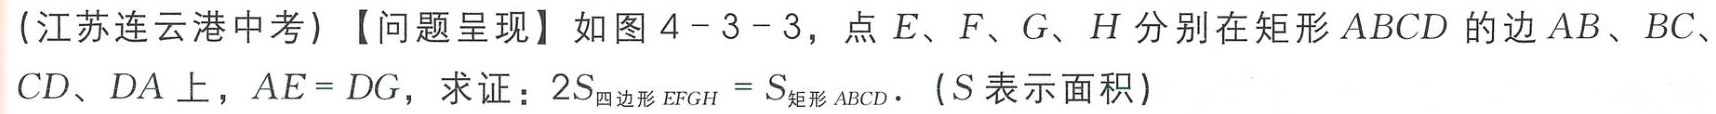
(江苏连云港中考)【问题呈现】如图4 - 3 - 3，点\(E\)、\(F\)、\(G\)、\(H\)分别在矩形\(ABCD\)的边\(AB\)、\(BC\)、\(CD\)、\(DA\)上，\(AE = DG\)，求证：\(2S_{四边形EFGH}=S_{矩形ABCD}\)。(\(S\)表示面积)